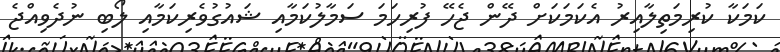
ކަމަކާ ކުރިމަތިލާއިރު އެކަމަކަށް ދޭން ޖެހޭ ފުރިހަމަ ސަމާލުކަމާއި ޝައުގުވެރިކަމާއި ލޯބި ނުދެވިއްޖެ